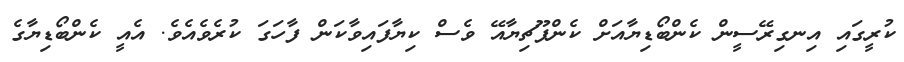
ކުރީގައި އިނގިރޭސީން ކެންބޯޑިޔާއަށް ކެންޕޫޗިޔާއޭ ވެސް ކިޔާފައިވާކަން ފާހަގަ ކުރެވެއެވެ. އެއީ ކެންބޯޑިޔާގެ